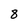
Character: 8